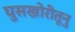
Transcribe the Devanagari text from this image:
घुसखोरीतूनु